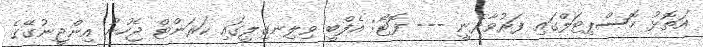
އަތޮޅު ހޮސްޕިޓަލްގައި ފަރުވާދެނީ --- ފޮޓޯ: އެފްބީ ވިލިނގިލީގައި ކަރަންޓް ޖެހުނު އިންޖީނުގޭގެ